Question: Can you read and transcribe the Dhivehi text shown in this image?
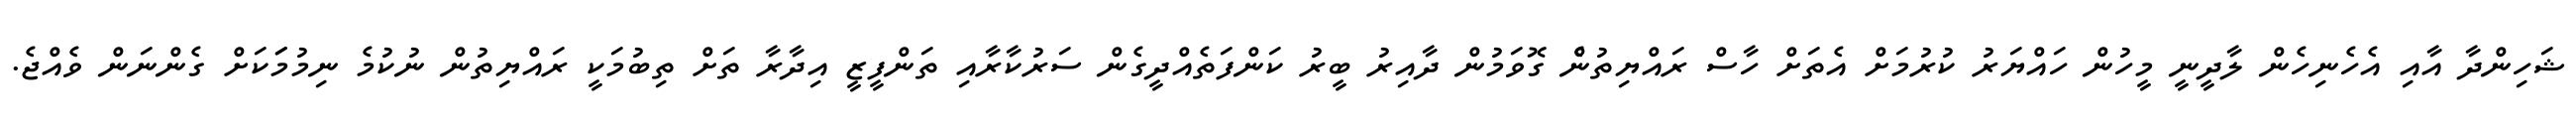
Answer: ޝަހިންދާ އާއި އެހެނިހެން ލާދީނީ މީހުން ހައްޔަރު ކުރުމަށް އެތަށް ހާސް ރައްޔިތުނެް ގޮވަމުން ދާއިރު ބީރު ކަންފަތެއްދީގެން ސަރުކާރާއި ތަންފީޒީ އިދާރާ ތަށް ތިބުމަކީ ރައްޔިތުން ނުކުމެ ނިމުމަަކަށް ގެންނަން ވެއްޖެ.